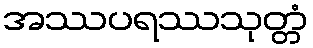
အဿပရဿသုတ္တံ